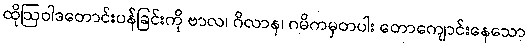
ထိုဩဝါဒတောင်းပန်ခြင်းကို ဗာလ၊ ဂိလာန၊ ဂမိကမှတပါး တောကျောင်းနေသော